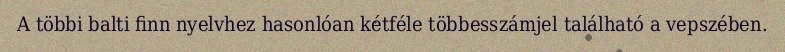
A többi balti finn nyelvhez hasonlóan kétféle többesszámjel található a vepszében.